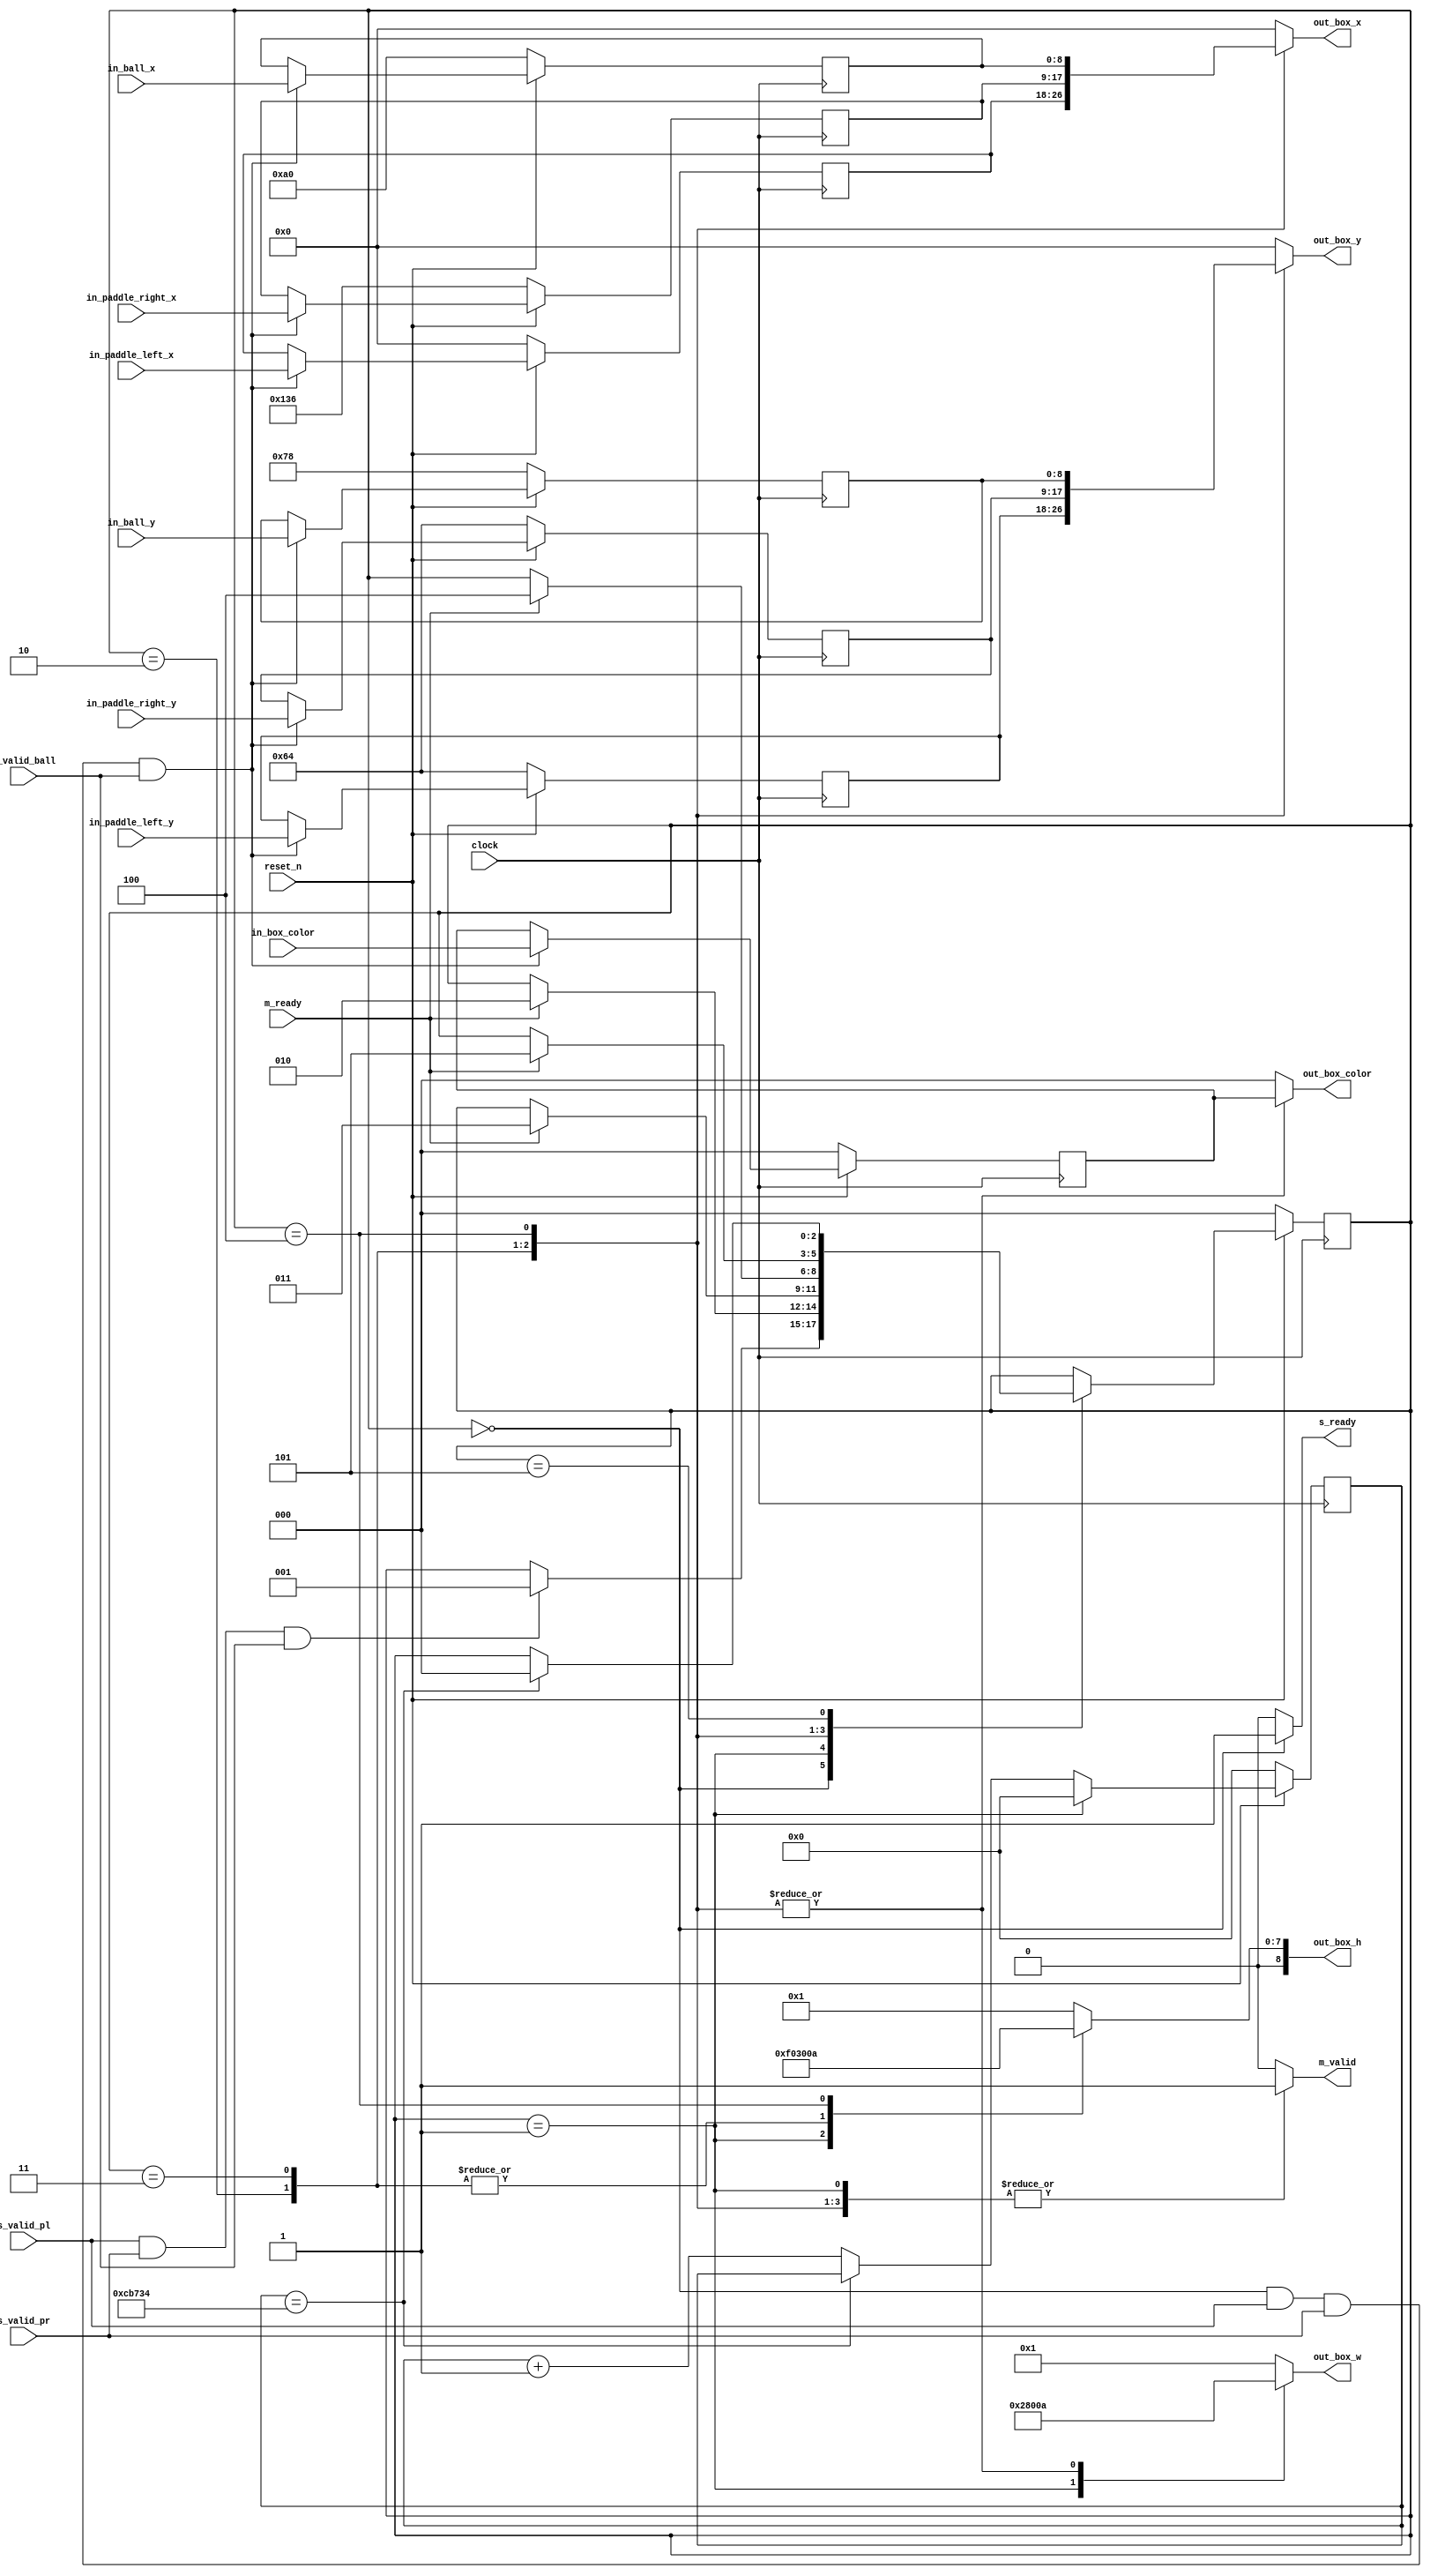

module screenDrawer (
		input clock,
		input reset_n,

		/* Interface tp the location processor */
		output reg s_ready,
		input s_valid_pl,
		input s_valid_pr,
		input s_valid_ball,
		input [8:0] in_paddle_left_x,
		input [8:0] in_paddle_left_y,
		input [8:0] in_paddle_right_x,
		input [8:0] in_paddle_right_y,
		input [8:0] in_ball_x,
		input [8:0] in_ball_y,
		input [2:0] in_box_color,

		/* Interface to the box drawer */
		input m_ready,
		output reg m_valid,
		output reg [8:0] out_box_x,
		output reg [8:0] out_box_y,
		output reg [8:0] out_box_h,
		output reg [8:0] out_box_w,
		output reg [2:0] out_box_color
	);

	/*
		Parameters that should be configured properly at the instantiation of the module.
		The values here are just defaults.
		In simulation testbenches, these values can be replaced with smallar values
	*/
	parameter BOX_WIDTH = 9'd10;
	parameter BOX_HEIGHT = 9'd48;
	parameter BALL_WIDTH = 9'd10;
	parameter BALL_HEIGHT = 9'd10;
	parameter SCREEN_WIDTH = 9'd320;
	parameter SCREEN_HEIGHT = 9'd240;
	parameter REFRESH_RATE_COUNT = 32'd833332;

	/*
		State encodings
	*/
	parameter S_WAIT_FOR_INPUT = 3'd0,
			  S_WAIT_TO_DRAW_BACKGROUND = 3'd1,
			  S_WAIT_TO_DRAW_PADDLE_LEFT = 3'd2,
			  S_WAIT_TO_DRAW_PADDLE_RIGHT = 3'd3,
			  S_WAIT_TO_DRAW_BALL = 3'd4,
			  S_WAIT_FOR_REFRESH_COUNT = 3'd5;

	/*
		Internal signals
	*/
	reg [2:0] current_state; // Should be synthesized into an FF.
	reg [2:0] next_state;


	// Position of the box
	reg [8:0] paddle_left_x; // Should be synthesized into an FF
	reg [8:0] paddle_left_y; // Should be synthesized into an FF
	reg [8:0] paddle_right_x; // Should be synthesized into an FF
	reg [8:0] paddle_right_y; // Should be synthesized into an FF
	reg [8:0] ball_x; // Should be synthesized into an FF
	reg [8:0] ball_y; // Should be synthesized into an FF
	reg [2:0] box_color; // Should be synthesized into an FF

	reg [31:0] refresh_count;

	/*
		Next state logic update
		Interface signals control
	*/
	always @ (*) begin
		next_state = current_state;
		s_ready = 1'b0;
		m_valid = 1'b0;
		out_box_x = 9'd0;
		out_box_y = 9'd0;
		out_box_w = 9'd1;
		out_box_h = 9'd1;
		out_box_color = 3'd0;

		case (current_state)
			S_WAIT_FOR_INPUT: begin
				s_ready = 1'b1;
				if (s_valid_pl == 1'b1 && s_valid_pr == 1'b1 && s_valid_ball == 1'b1) begin
					next_state = S_WAIT_TO_DRAW_BACKGROUND;
				end
			end
			S_WAIT_TO_DRAW_BACKGROUND: begin
				m_valid = 1'b1;
				out_box_x = 9'd0;
				out_box_y = 9'd0;
				out_box_w = SCREEN_WIDTH;
				out_box_h = SCREEN_HEIGHT;
				out_box_color = 3'd0;
				if (m_ready == 1'b1) begin
					next_state = S_WAIT_TO_DRAW_PADDLE_LEFT;
				end
			end
			S_WAIT_TO_DRAW_PADDLE_LEFT: begin
				m_valid = 1'b1;
				out_box_x = paddle_left_x;
				out_box_y = paddle_left_y;
				out_box_w = BOX_WIDTH;
				out_box_h = BOX_HEIGHT;
				out_box_color = box_color;
				if (m_ready == 1'b1) begin
					next_state = S_WAIT_TO_DRAW_PADDLE_RIGHT;
				end
			end
			S_WAIT_TO_DRAW_PADDLE_RIGHT: begin
				m_valid = 1'b1;
				out_box_x = paddle_right_x;
				out_box_y = paddle_right_y;
				out_box_w = BOX_WIDTH;
				out_box_h = BOX_HEIGHT;
				out_box_color = box_color;
				if (m_ready == 1'b1) begin
					next_state = S_WAIT_TO_DRAW_BALL;
				end
			end
			S_WAIT_TO_DRAW_BALL: begin
				m_valid = 1'b1;
				out_box_x = ball_x;
				out_box_y = ball_y;
				out_box_w = BALL_WIDTH;
				out_box_h = BALL_HEIGHT;
				out_box_color = box_color;
				if (m_ready == 1'b1) begin
					next_state = S_WAIT_FOR_REFRESH_COUNT;
				end
			end
			S_WAIT_FOR_REFRESH_COUNT: begin
				if (refresh_count == REFRESH_RATE_COUNT) begin
					next_state = S_WAIT_FOR_INPUT;
				end
			end
			default: begin
		end
		endcase
	end

	/*
		Sequential logic
	*/
	always @ (posedge clock) begin
		if (reset_n == 1'b0) begin
			refresh_count <= 32'd0;
			paddle_left_x <= 9'd0;
			paddle_left_y <= 9'd100;
			paddle_right_x <= 9'd310;
			paddle_right_y <= 9'd100;
			ball_x <= 9'd160;
			ball_y <= 9'd120;
			box_color <= 3'd0;
			current_state <= S_WAIT_FOR_INPUT;
		end
		else begin
			current_state <= next_state;
			
			if (current_state == S_WAIT_FOR_INPUT && s_valid_pl == 1'b1 && s_valid_pr == 1'b1 && s_valid_ball == 1'b1) begin
				paddle_left_x <= in_paddle_left_x;
				paddle_left_y <= in_paddle_left_y;
				paddle_right_x <= in_paddle_right_x;
				paddle_right_y <= in_paddle_right_y;
				ball_x <= in_ball_x;
				ball_y <= in_ball_y;
				box_color <= in_box_color;
			end

			if (current_state == S_WAIT_TO_DRAW_BACKGROUND) begin
				refresh_count <= 32'd0;
			end
			else begin
				refresh_count <= (refresh_count == REFRESH_RATE_COUNT) ? refresh_count : refresh_count + 32'd1;
			end
			
		end
	end
endmodule // screen drawer